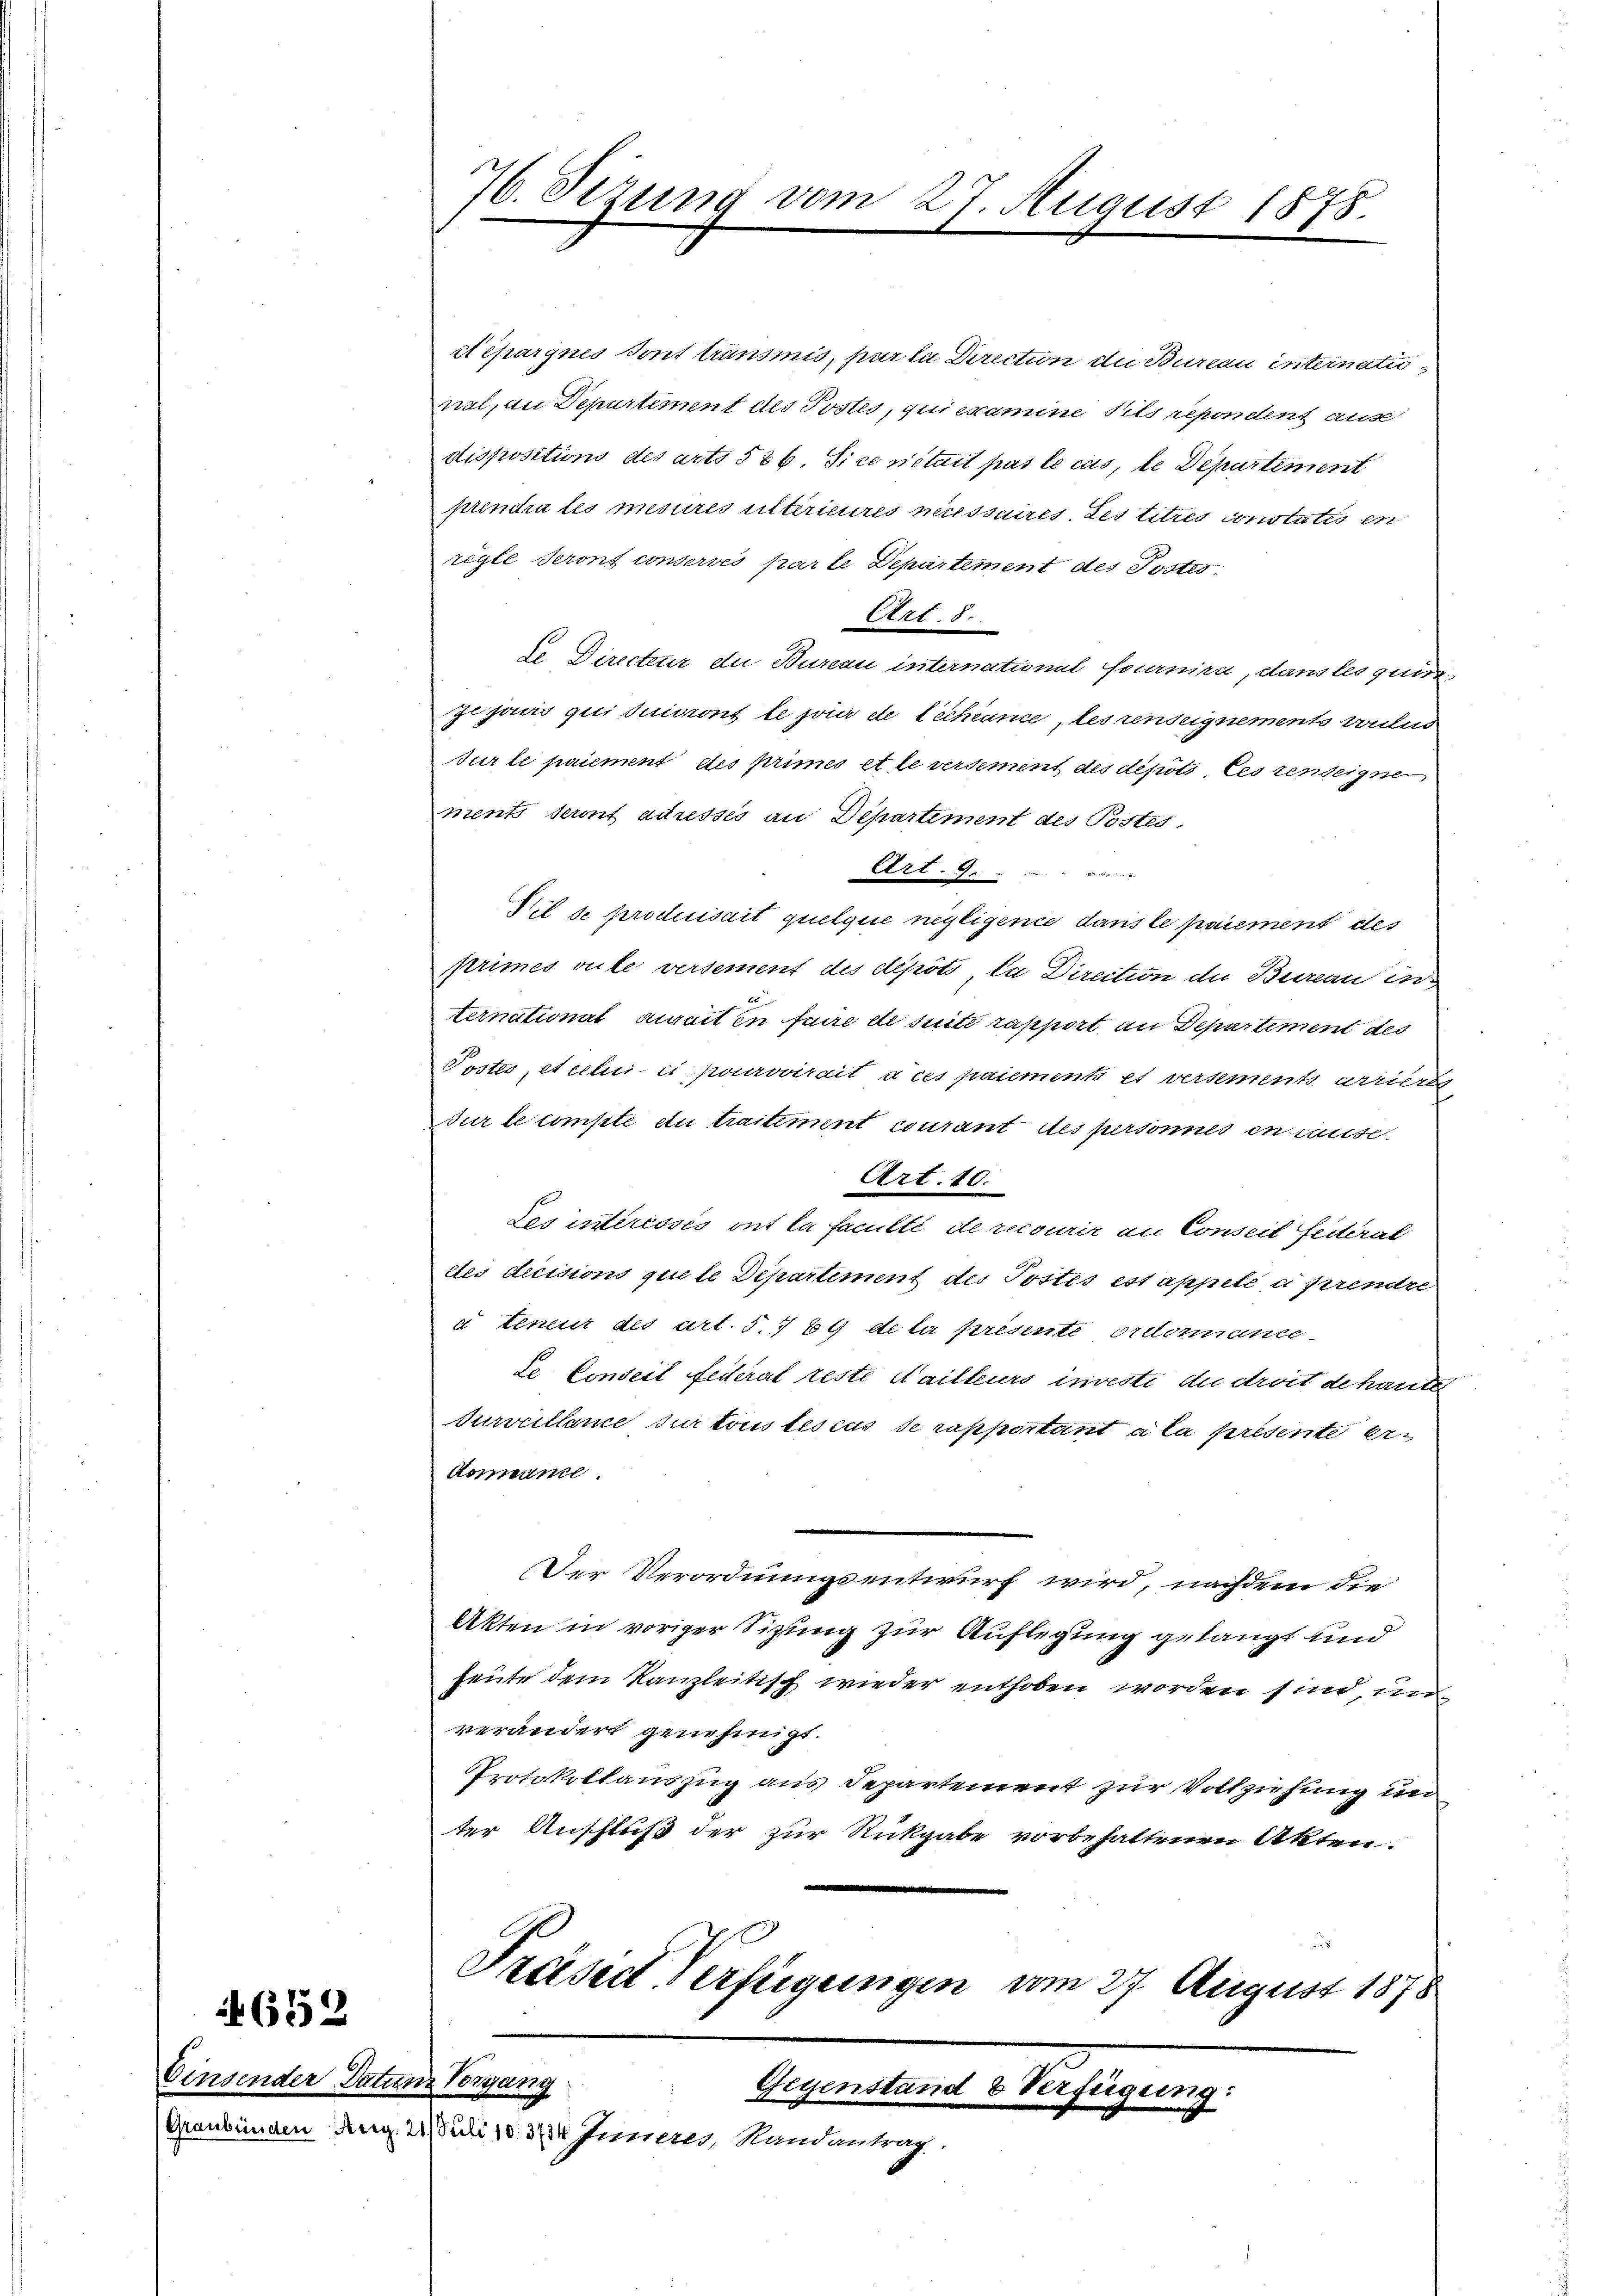
652

Einsender Datum Vorgang

76. Sizung vom 27. August 1878.

et épargnes dont transmis, pur la Direction die Bureau internati
nal, an Departement des Postes, qui examine Vils repondent ause
dispositions des art. 536 Sice nétait pas le cas, le Departement
prendra les mesures ultirieures necessaires des titres constatis en
règle Seront conservés par le Departement des Poster
Art. 8.
te Directeur der Bureau internatural fournira, dans les qui
Zejanis qui suivront le jour de léchéance, les renseignements voulud
Jurle paiement des primes et le versement des depot les zenteigne
ments seront adressés an Departement des Postes
Art. 9.
4
Vil se produisait quelque negligence dans le paiement des
primes vite versement des dépôt, la Direction de Bureau in
ternational aurait in fuire de suite rapport an Departement des
Postes, et celui-ci pourvoirait dies paiements et versements arrieren
Bur le compte du traitement courant des personnes en cause.
Art. 10.
Les interessés ont la faculté de recourir an Conseil feiterat
cles decisions quele Departiment des Pottis est appelé à prendre
a teneur des art. 5. 769 de la presente ordemande
te Conseil feieral reste Nailleurs investi du droit de hauten
Surveillance sur tous tes cas de rapportant a la presente ei
Aonnance.
Der Verordnungsentwurf wird, nachdem die
Akten in voriger Sitzung zur Auflegung gelangt und
heute dem Kanzleitisch wieder enthoben worden sind
verändert genehmigt.
Protokollauszug aus Departement zur Vollziehung un
ter Anschluß der zur Rückgabe vorbehaltenen Akten.
Präsid Verfügungen vom 27. August 1875

Gegenstand 8 Verfügung:
Graubünden Aug. 21 Juli 183734 Inneres, Randantrag,